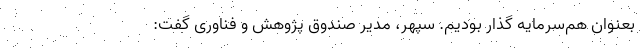
بعنوان هم‌سرمایه گذار بودیم. سپهر، مدیر صندوق پژوهش و فناوری گفت: